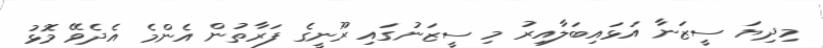
މިދިޔަ ސީޒަނާ އަޅައިބަލާއިރު މި ސީޒަނުގައި ރޫނީގެ ފަރާތުން އެންމެ އެދެވޭ މޮޅު